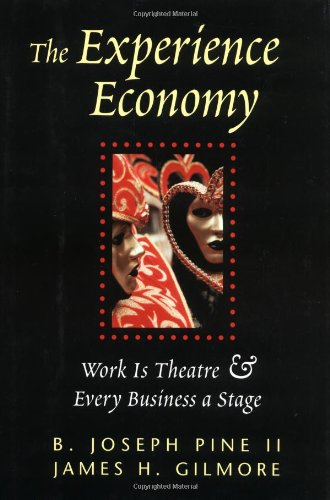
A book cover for The Experience Economy: Work Is Theater & Every Business a Stage; B. Joseph Pine II; Business & Money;